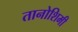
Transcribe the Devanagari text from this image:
तानोशिमी